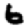
Digit: 6